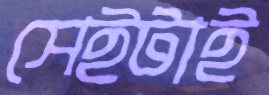
সেইটাই